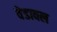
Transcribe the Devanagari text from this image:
वेडावल